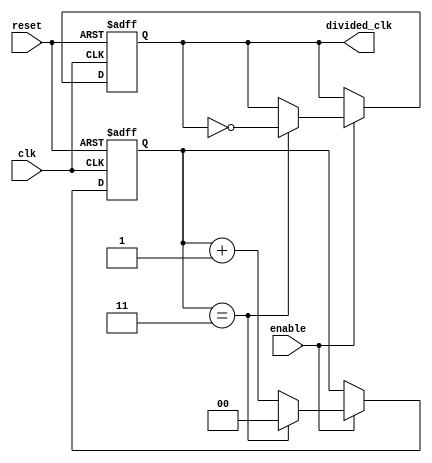
module frequency_divider_counter #(
    parameter N = 4  // Division factor (must be > 0)
)(
    input wire clk,          // Input clock signal
    input wire reset,        // Asynchronous reset signal
    input wire enable,       // Optional enable signal
    output reg divided_clk    // Output clock signal
);

    reg [$clog2(N)-1:0] counter; // Counter to keep track of clock cycles

    always @(posedge clk or posedge reset) begin
        if (reset) begin
            counter <= 0;          // Reset counter
            divided_clk <= 0;      // Set divided clock to 0
        end else if (enable) begin
            if (counter == N-1) begin
                counter <= 0;       // Reset counter when it reaches N-1
                divided_clk <= ~divided_clk; // Toggle output clock
            end else begin
                counter <= counter + 1; // Increment counter
            end
        end
        // Else branch does nothing if enable is low
    end

endmodule